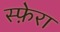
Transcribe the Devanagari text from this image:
स्फ़ेरा